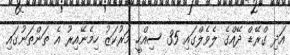
އަދި ގްރޭޑް ދޭއްގެ ލެވެލްގައި 35 ސިއްހީ މަރުކަޒު ހިމެނޭއިރު އެ ތަންތަނުގައި